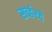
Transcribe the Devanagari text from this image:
सर्व्हरचे